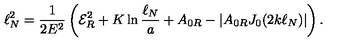
\ell _ { N } ^ { 2 } = \frac { 1 } { 2 E ^ { 2 } } \left( { \cal E } _ { R } ^ { 2 } + K \ln \frac { \ell _ { N } } { a } + A _ { 0 R } - | A _ { 0 R } J _ { 0 } ( 2 k \ell _ { N } ) | \right) .